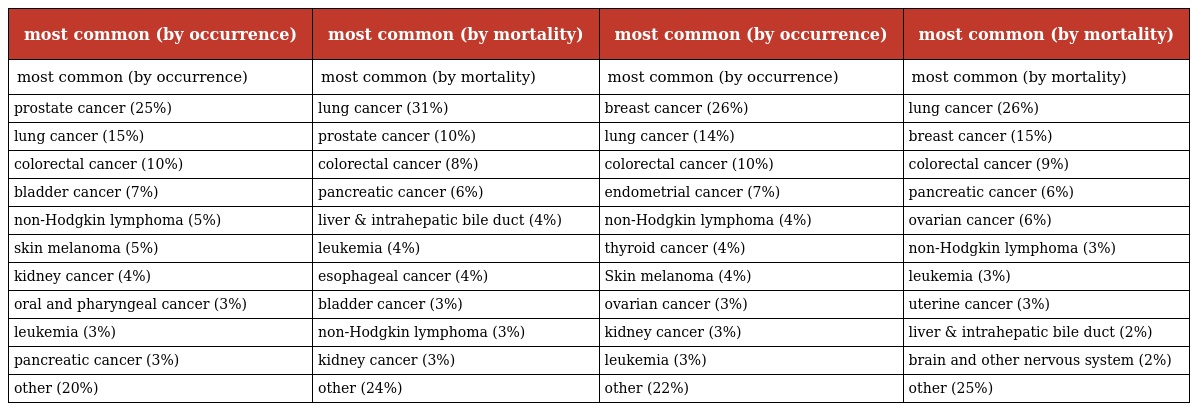
| most common (by occurrence) | most common (by mortality) | most common (by occurrence) | most common (by mortality) |
 | --- | --- | --- | --- |
 | most common (by occurrence) | most common (by mortality) | most common (by occurrence) | most common (by mortality) |
 | prostate cancer (25%) | lung cancer (31%) | breast cancer (26%) | lung cancer (26%) |
 | lung cancer (15%) | prostate cancer (10%) | lung cancer (14%) | breast cancer (15%) |
 | colorectal cancer (10%) | colorectal cancer (8%) | colorectal cancer (10%) | colorectal cancer (9%) |
 | bladder cancer (7%) | pancreatic cancer (6%) | endometrial cancer (7%) | pancreatic cancer (6%) |
 | non-Hodgkin lymphoma (5%) | liver & intrahepatic bile duct (4%) | non-Hodgkin lymphoma (4%) | ovarian cancer (6%) |
 | skin melanoma (5%) | leukemia (4%) | thyroid cancer (4%) | non-Hodgkin lymphoma (3%) |
 | kidney cancer (4%) | esophageal cancer (4%) | Skin melanoma (4%) | leukemia (3%) |
 | oral and pharyngeal cancer (3%) | bladder cancer (3%) | ovarian cancer (3%) | uterine cancer (3%) |
 | leukemia (3%) | non-Hodgkin lymphoma (3%) | kidney cancer (3%) | liver & intrahepatic bile duct (2%) |
 | pancreatic cancer (3%) | kidney cancer (3%) | leukemia (3%) | brain and other nervous system (2%) |
 | other (20%) | other (24%) | other (22%) | other (25%) |